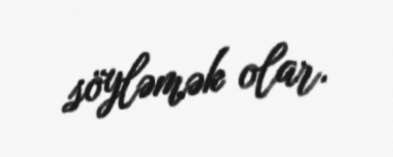
söyləmək olar.